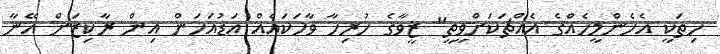
ހިތަކީ އެހެންމީހެއްގެ އެއްޗަކަށްވީތީ" ޒީވާގެ ހުރިހާ ވާހަކައެއް އަޑުއަހަން އިން ރާކިޒަށް އޭނާ